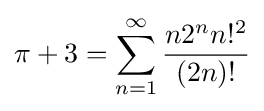
\pi +3=\sum _{n=1}^{\infty }{\frac {n2^{n}n!^{2}}{(2n)!}}